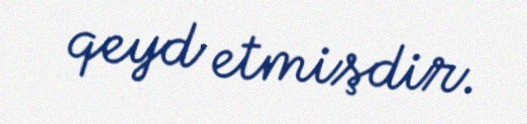
qeyd etmişdir.